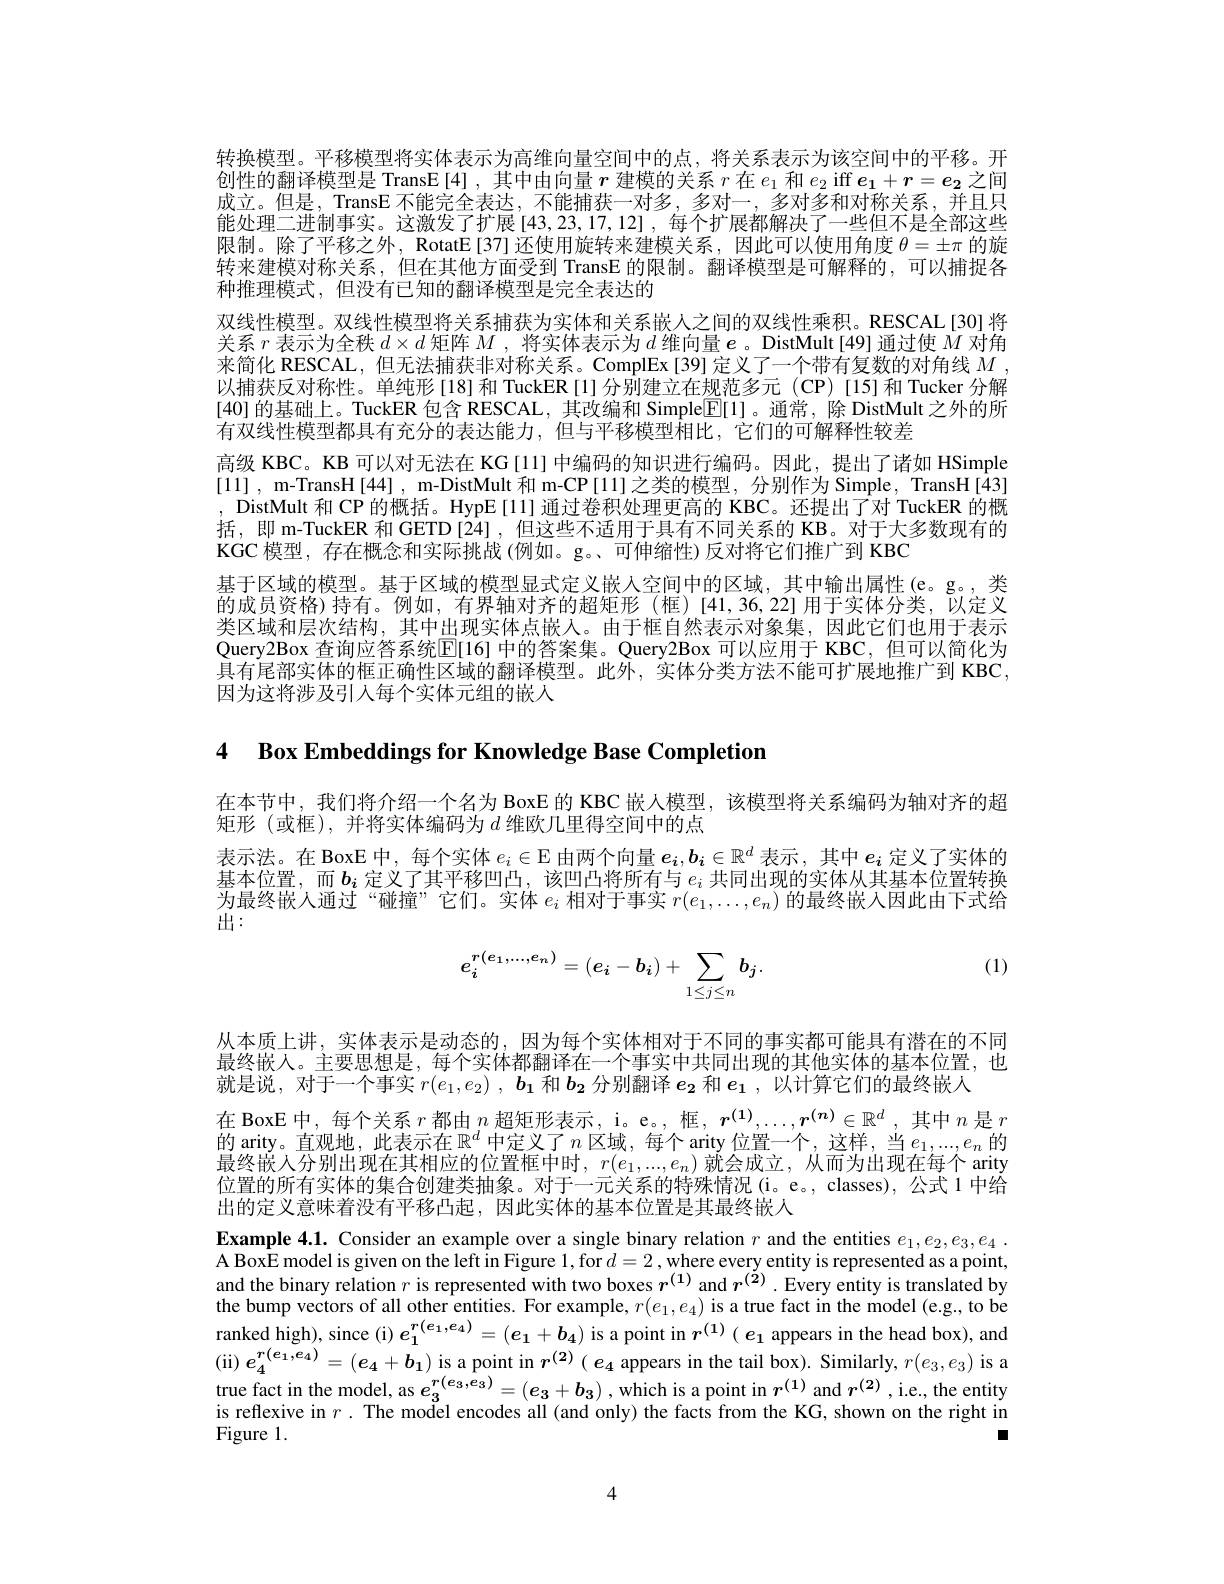
转换模型。平移模型将实体表示为高维向量空间中的点，将关系表示为该空间中的平移。开创性的翻译模型是 TransE[4],其中由向量$r$建模的关系$r$在$e_1$和$e_2$ iff $e_1+r=e_2$之间成立。但是，TransE 不能完全表达，不能捕获一对多，多对一，多对多和对称关系，并且只能处理二进制事实。这激发了扩展[43,23,17,12],每个扩展都解决了一些但不是全部这些限制。除了平移之外，RotatE[37]还使用旋转来建模关系，因此可以使用角度$\theta=\pm\pi$的旋转来建模对称关系，但在其他方面受到 TransE 的限制。翻译模型是可解释的，可以捕捉各种推理模式，但没有已知的翻译模型是完全表达的
双线性模型。双线性模型将关系捕获为实体和关系嵌人之间的双线性乘积。RESCAL[30] 将关系$r$表示为全秩$d\times d$矩阵$M$ ,将实体表示为$d$维向量$e$ 。DistMult[49]通过使$M$对角来简化 RESCAL,但无法捕获非对称关系。ComplEx[39] 定义了一个带有复数的对角线$M$ , 以捕获反对称性。单纯形[18]和 TuckER[1]分别建立在规范多元 (CP)[15]和 Tucker 分解[40] 的基础上。TuckER 包含 RESCAL, 其改编和 Simple$\overline{\mathbb{E}}[1]$ 。通常 ,除 DistMult 之外的所有双线性模型都具有充分的表达能力，但与平移模型相比，它们的可解释性较差
高级 KBC。KB 可以对无法在 KG [11] 中编码的知识进行编码。因此，提出了诸如 HSimple [11] , m-TransH[44] , m-DistMult 和 m-CP[11]之类的模型，分别作为 Simple, TransH[43] , DistMult 和 CP 的概括。HypE[11] 通过卷积处理更高的 KBC。还提出了对 TuckER 的概括，即 m-TuckER 和 GETD [24] ,但这些不适用于具有不同关系的 KB。对于大多数现有的KGC 模型，存在概念和实际挑战 (例如。g。、可伸缩性)反对将它们推广到 KBC
基于区域的模型。基于区域的模型显式定义嵌入空间中的区域，其中输出属性(e。g。,类的成员资格)持有。例如，有界轴对齐的超矩形(框)[41,36,22]用于实体分类，队定义类区域和层次结构，其中出现实体点嵌入。由于框自然表示对象集，因此它们也用于表示Query2Box 查询应答系统$\overline{\mathbb{E}}[16]$ 中的答案集。Query2Box 可以应用于 KBC,但可以简化为具有尾部实体的框正确性区域的翻译模型。此外，实体分类方法不能可扩展地推广到 KBC, 因为这将涉及引入每个实体元组的嵌人

4 $\textbf{Box Embeddings for Knowledge Base Completion}$

在本节中，我们将介绍一个名为 BoxE 的 KBC 嵌人模型，该模型将关系编码为轴对齐的超
矩形(或框),并将实体编码为$d$ 维欧几里得空间中的点
表示法。在 BoxE 中，每个实体$e_i\in\mathcal{E}$由两个向量$e_i,b_i\in\mathbb{R}^d$表示 , 其中$e_i$定义了实体的基本位置，而$b_i$定义了其平移凹凸，该凹凸将所有与$e_i$共同出现的实体从其基本位置转换为最终嵌入通过“碰撞”它们。实体$e_i$相对于事实$r(e_1,\ldots,e_n)$的最终嵌人因此由下式给出：

(1)
$$e_i^{r(e_1,...,e_n)}=(e_i-b_i)+\sum_{1\leq j\leq n}b_j.$$
从本质上讲，实体表示是动态的，因为每个实体相对于不同的事实都可能具有潜在的不同最终嵌人。主要思想是，每个实体都翻译在一个事实中共同出现的其他实体的基本位置，也就是说，对于一个事实$r( e_1, e_2)$ , $\boldsymbol{\underset 1{b}}$和$\boldsymbol{b_2}$分别翻译$e_\mathbf{2}$和$e_\mathbf{1}$ ,以计算它们的最终嵌人
在 BoxE 中，每个关系$r$都由$n$超矩形表示，i。e。,框，$\boldsymbol r^{(1)},\ldots,\boldsymbol{r}^{(\boldsymbol{n})}\in\mathbb{R}^d$,其中$n$是$r$ 的 arity。直观地，此表示在$\mathbb{R}^d$ 中定义了 $n$ 区域，每个 arity 位置一个，这样，当$e_1,...,e_n$的最终嵌人分别出现在其相应的位置框中时，$r(e_1,...,e_n)\ddot{\text{就会成立，从而为出现在每个 arity}}$ 位置的所有实体的集合创建类抽象。对于一元关系的特殊情况(i。e。classes),公式 1 中给出的定义意味着没有平移凸起，因此实体的基本位置是其最终嵌人
Example 4.1. Consider an example over a single binary relation $r$ and the entities $e_1,e_2,e_3,e_4.$ A BoxE model is given on the left in Figure 1,for $d=2$,where every entity is represented as a point, and the binary relation $r$ is represented with two boxes $r^{(1)}$ and $r^{(\tilde{2})}\cdot$ Every entity is translated by the bump vectors of all other entities. For example, $r(e_1,e_4)$ is a true fact in the model (e.g., to be ranked high) , since ( i) $e_{1}^{r( e_{1}, e_{4}) }= ( e_{1}+ b_{4})$ is a point in $r^{( 1) }( e_{1}$ appears in the head box) , and ( ii) $e_{4}^{r( e_{1}, e_{4}) }= ( e_{4}+ b_{1})$ is a point in $r^{( 2) }( e_{4}$ appears in the tail box) . Similarly, $r( e_{3}, e_{3}$ is reflexive in $r$ .The model encodes all (and only) the facts from the KG, shown on the right in Figure 1.
$\blacksquare$

4